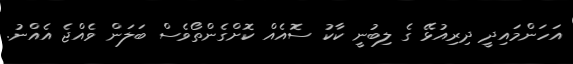
އަހަންމައިދީ ދިރިއުޅޭ ގެ ލިބުނީ ކާކު ސޮއެއް ކޮށްގެންތޯވެސް ބަލަން ވެއްޖެ އެއްނު.